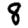
Digit: 8